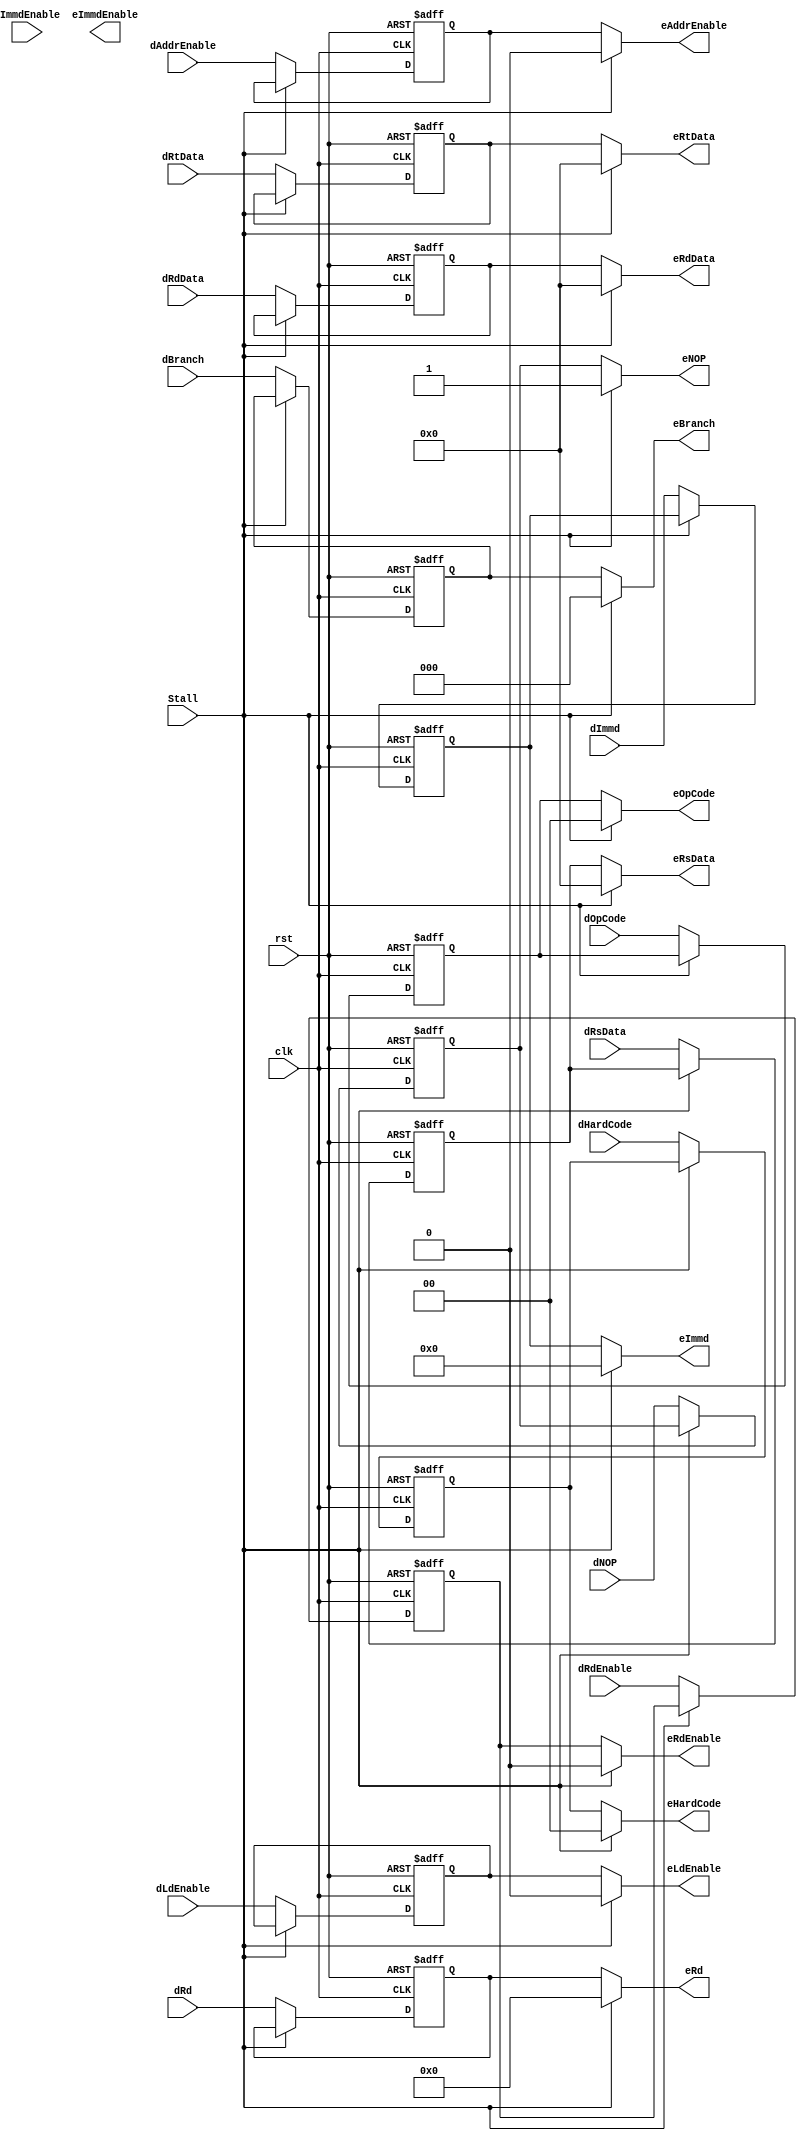
`timescale 1ns/1ps
module DElatch (clk, rst, dRd, eRd, dOpCode, eOpCode, dHardCode, eHardCode, dLdEnable, eLdEnable, dRsData, eRsData, dRtData, eRtData, dRdData, eRdData, dRdEnable, eRdEnable, dImmdEnable, eImmdEnable, dBranch, eBranch, dAddrEnable, eAddrEnable, dImmd, eImmd, dNOP, eNOP, Stall);

input clk, rst, Stall;
input dLdEnable, dRdEnable, dImmdEnable, dAddrEnable, dNOP;
input [3:0] dRd;
input [1:0] dOpCode, dHardCode;
input [2:0] dBranch;
input [19:0] dImmd;
input [31:0] dRsData, dRtData, dRdData;

output eLdEnable, eRdEnable, eImmdEnable, eAddrEnable, eNOP;
output [3:0] eRd;
output [1:0] eOpCode, eHardCode;
output [2:0] eBranch;
output [19:0] eImmd;
output [31:0] eRsData, eRtData, eRdData;

reg LdEnable, RdEnable, ImmdEnable, AddrEnable, NOP;
reg [1:0] OpCode, HardCode;
reg [2:0] Branch;
reg [3:0] Rd;
reg [19:0] Immd;
reg [31:0] RsData, RtData, RdData;

assign eLdEnable = (Stall) ? 0 : LdEnable;
assign eRdEnable = (Stall) ? 0 : RdEnable;
assign eImmdenable = (Stall) ? 0 : ImmdEnable;
assign eAddrEnable = (Stall) ? 0 : AddrEnable;
assign eNOP = (Stall) ? 1 : NOP;
assign eOpCode = (Stall) ? 2'b00 : OpCode;
assign eHardCode = (Stall) ? 2'b00 : HardCode;
assign eBranch = (Stall) ? 3'b000 : Branch;
assign eRd = (Stall) ? 4'b0000 : Rd;
assign eImmd = (Stall) ? 19'h00000 : Immd;
assign eRsData = (Stall) ? 32'h00000000 : RsData;
assign eRtData = (Stall) ? 32'h00000000 : RtData;
assign eRdData = (Stall) ? 32'h00000000 : RdData;     

always @(posedge clk, posedge rst) begin
	if (rst) begin
		LdEnable = 0;
		RdEnable = 0;
		ImmdEnable = 0;
		AddrEnable = 0;
		NOP = 1;
		OpCode = 2'b00;
		HardCode = 2'b00;
		Branch = 3'b000;
		Rd = 4'b0000;
		Immd = 19'h00000;
		RsData = 32'h00000000;
		RtData = 32'h00000000;
		RdData = 32'h00000000;
		end
	else if (Stall) begin
		LdEnable = LdEnable;
		RdEnable = RdEnable;
		ImmdEnable = ImmdEnable;
		AddrEnable = AddrEnable;
		NOP = NOP;
		OpCode = OpCode;
		HardCode = HardCode;
		Branch = Branch;
		Rd = Rd;
		Immd = Immd;
		RsData = RsData;
		RtData = RtData;
		RdData = RdData;
		end
	else begin
		LdEnable = dLdEnable;
		RdEnable = dRdEnable;
		ImmdEnable = dImmdEnable;
		AddrEnable = dAddrEnable;
		NOP = dNOP;
		OpCode = dOpCode;
		HardCode = dHardCode;
		Branch = dBranch;
		Rd = dRd;
		Immd = dImmd;
		RsData = dRsData;
		RtData = dRtData;
		RdData = dRdData;
		end
end

endmodule